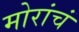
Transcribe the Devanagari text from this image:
मोरांचं